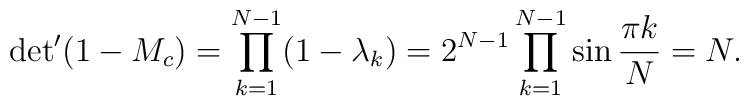
{{\det}'(1-M_c)=\prod_{k=1}^{N-1}(1-\lambda_k)=2^{N-1}\prod_{k=1}^{N-1}\sin{\pi k\over N}= N. }